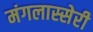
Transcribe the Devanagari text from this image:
मंगलास्सेरी